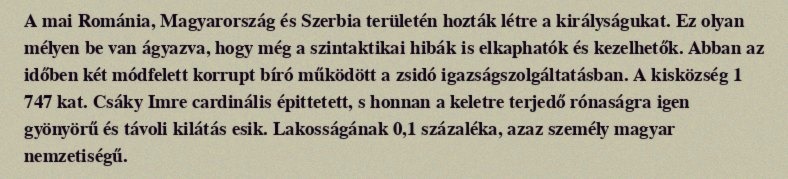
A mai Románia, Magyarország és Szerbia területén hozták létre a királyságukat. Ez olyan mélyen be van ágyazva, hogy még a szintaktikai hibák is elkaphatók és kezelhetők. Abban az időben két módfelett korrupt bíró működött a zsidó igazságszolgáltatásban. A kisközség 1 747 kat. Csáky Imre cardinális épittetett, s honnan a keletre terjedő rónaságra igen gyönyörű és távoli kilátás esik. Lakosságának 0,1 százaléka, azaz személy magyar nemzetiségű.